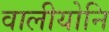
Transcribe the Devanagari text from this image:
वालीयोनि